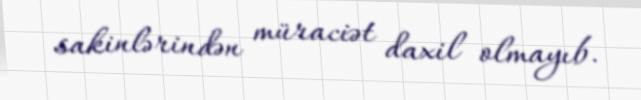
sakinlərindən müraciət daxil olmayıb.